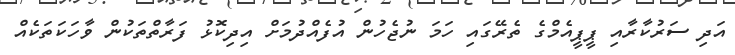
އަދި ސަރުކާރާއި ޕީޕީއެމްގެ ތެރޭގައި ހަމަ ނުޖެހުން އުފެއްދުމަށް އިދިކޮޅު ފަރާތްތަކުން ވާހަކަތަކެއް